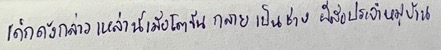
เด็กดังกล่าวเหล่านี้เมื่อโตขึ้นกลายเป็นช่างฝีมือประจำหมู่บ้าน